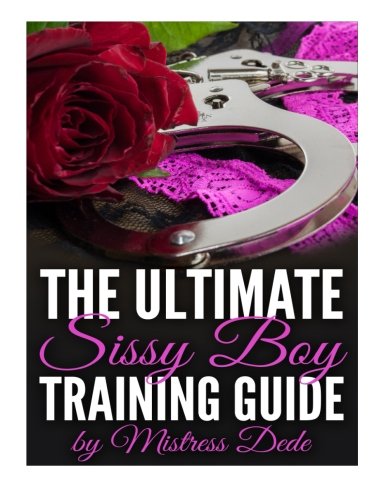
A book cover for The Ultimate Sissy Boy Training Guide by Mistress Dede (Sissy Boy Feminization Training); Mistress Dede; Romance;